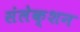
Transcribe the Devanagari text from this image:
संलेक्शन